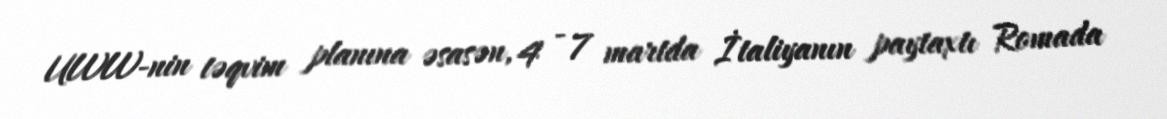
UWW-nin təqvim planına əsasən, 4 - 7 martda İtaliyanın paytaxtı Romada